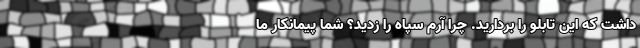
داشت که این تابلو را بردارید. چرا آرم سپاه را زدید؟ شما پیمانکار ما